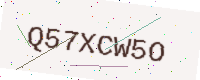
Text: Q57XCW5O